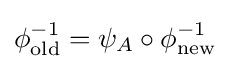
\phi _{\mathrm {old} }^{-1}=\psi _{A}\circ \phi _{\mathrm {new} }^{-1}